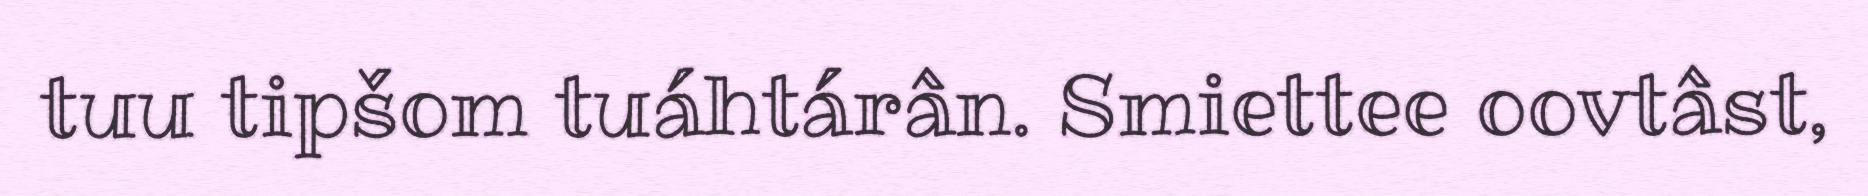
tuu tipšom tuáhtárân. Smiettee oovtâst,